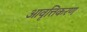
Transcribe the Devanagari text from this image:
आवृत्तिकरण